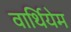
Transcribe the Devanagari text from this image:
वार्थियेम